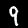
Digit: 9